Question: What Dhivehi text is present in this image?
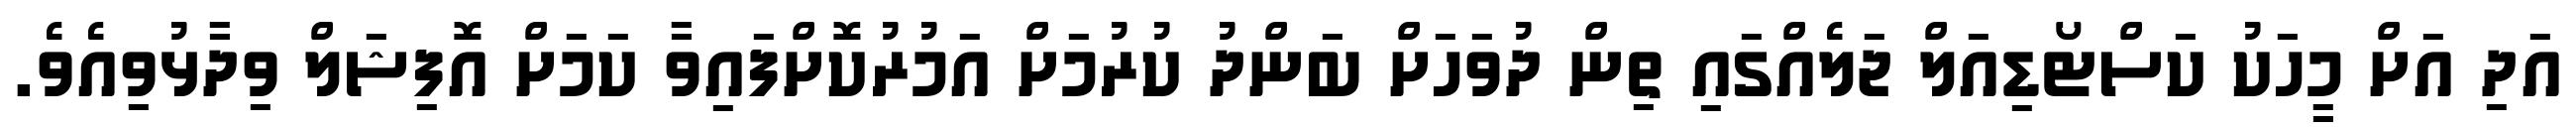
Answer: އަދި އަށް މީހަކު ކަސްޓޯޑިއަލް ޖަލެއްގައި ތިން ދުވަހަށް ބަންދު ކުރުމަށް އަމުރުކޮށްފައިވާ ކަމަށް އޮފިޝަލް ވިދާޅުވިއެވެ.